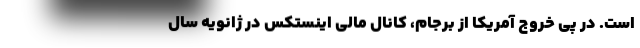
است. در پی خروج آمریکا از برجام، کانال مالی اینستکس در ژانویه سال